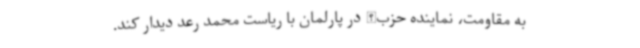
به مقاومت، نماینده حزب‌الله در پارلمان با ریاست محمد رعد دیدار کند.